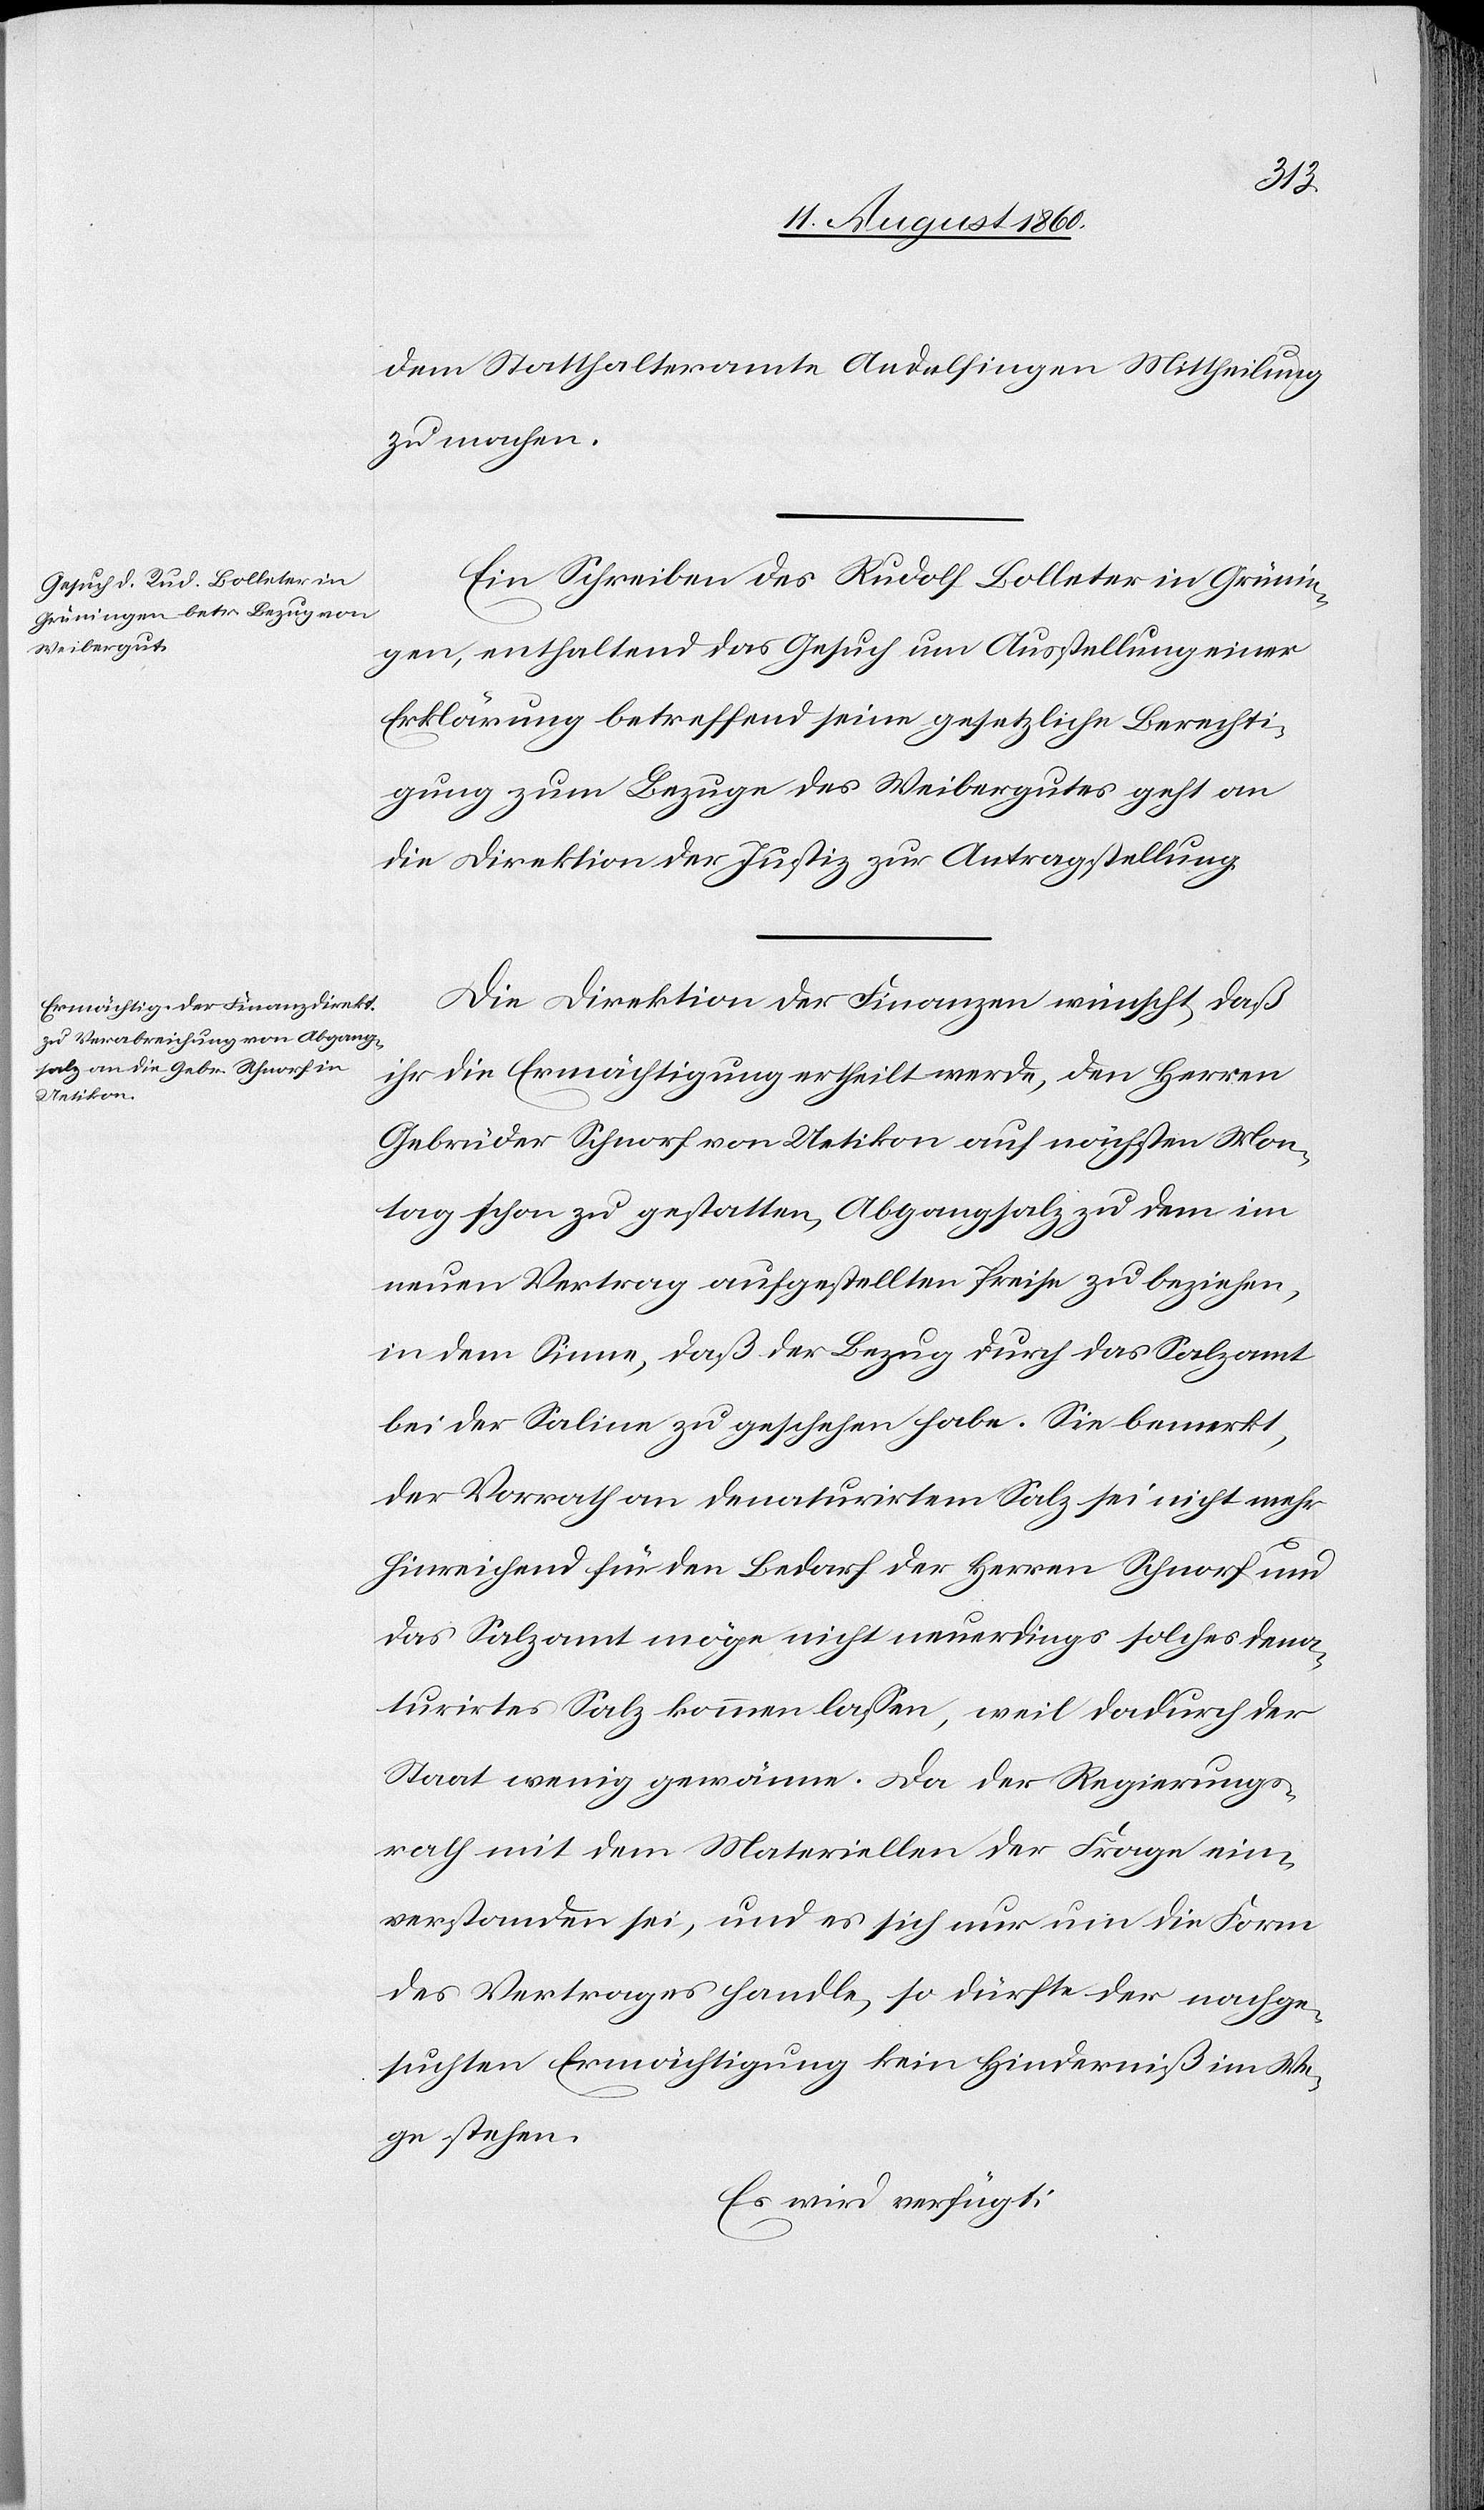
18. August 1860.]
dem Statthalteramte Andelfingen Mittheilung
zu machen.
Ein Schreiben des Rudolf Bolleter in Grünin¬
gen, enthaltend das Gesuch um Ausstellung einer
Erklärung betreffend seine gesetzliche Berechti¬
gung zum Bezuge des Waibergutes geht an
die Direktion der Justiz zur Antragstellung.
Die Direktion der Finanzen wünscht, dass
ihr die Ermächtigung ertheilt werde, den Herren
Gebrüder Schnorf von Uetikon auf nächsten Mon¬
tag schon zu gestatten, Abgangsalz zu dem im
neuen Vertrag aufgestellten Preise zu beziehen,
in dem Sinne, dass der Bezug durch das Salzamt
bei der Saline zu geschehen habe. Sie bemerkt,
der Vorrath an denaturirtem Salz sei nicht mehr
hinreichend für den Bedarf der Herren Schnorf und
das Salzamt möge nicht neuerdings solches dena¬
turirtes Salz kommen lassen, weil dadurch der
Staat wenig gewänne. Da der Regierungs¬
rath mit dem Materillen der Frage ein¬
verstanden sei und es sich nur um die Form
des Vertrags handle, so dürfte der nachge¬
suchten Ermächtigung kein Hinderniss im We¬
ge stehen.
Es wird verfügt: